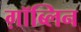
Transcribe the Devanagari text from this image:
ग़ॉब्लिन